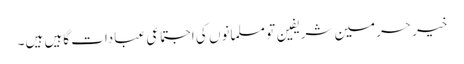
خیر حرمین شریفین تو مسلمانوں کی اجتماعی عبادات گاہیں ہیں۔